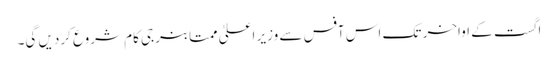
اگست کے اواخر تک اس آفس سے وزیر اعلیٰ ممتا بنرجی کام شروع کردیں گی۔